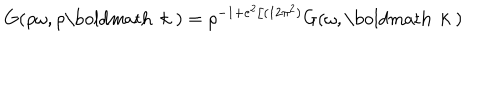
G ( \rho \omega , \rho \mathrm { \boldmath ~ k ~ } ) = \rho ^ { - 1 + e ^ { 2 } / ( 1 2 \pi ^ { 2 } ) } G ( \omega , \mathrm { \boldmath ~ k ~ } )